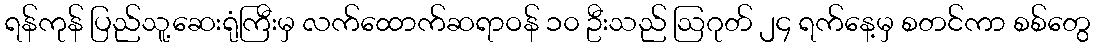
ရန်ကုန် ပြည်သူ့ဆေးရုံကြီးမှ လက်ထောက်ဆရာဝန် ၁၀ ဦးသည် ဩဂုတ် ၂၄ ရက်နေ့မှ စတင်ကာ စစ်တွေ